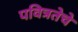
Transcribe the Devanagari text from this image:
पवित्रतेचे